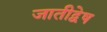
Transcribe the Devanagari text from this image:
जातीद्वेष